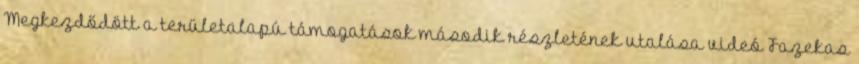
Megkezdődött a területalapú támogatások második részletének utalása videó Fazekas